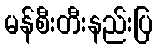
မန်စီးတီးနည်းပြ